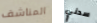
المناشف سدني